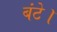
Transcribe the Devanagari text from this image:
बंटे।